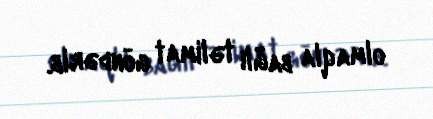
olmaqla bağlı təlimat göndərib.